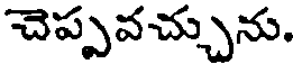
చెప్పవచ్చును.